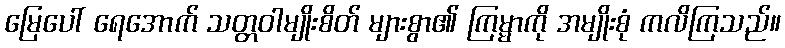
မြေပေါ် ရေအောက် သတ္တဝါမျိုးစိတ် များစွာ၏ ကြမ္မာကို အမျိုးစုံ ကလိကြသည်။